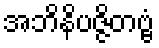
အဘိနိပဇ္ဇိတဗ္ဗံ